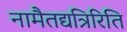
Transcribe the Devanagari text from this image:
नामैतद्यत्रिरिति